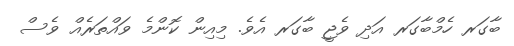
ބާގަރ ހެމްބާގަރ އަދި ވެޖީ ބާގަރ އެވެ. މިއިން ކޮންމެ ވައްތަރެއް ވެސް